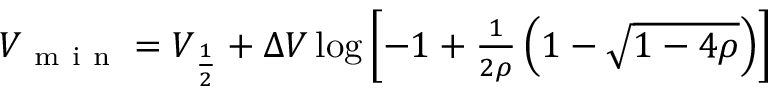
\begin{array} { r } { V _ { \mathrm { ~ m ~ i ~ n ~ } } = V _ { \frac { 1 } { 2 } } + \Delta V \log \left[ - 1 + \frac { 1 } { 2 \rho } \left( 1 - \sqrt { 1 - 4 \rho } \right) \right] } \end{array}